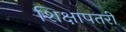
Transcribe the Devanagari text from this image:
शिक्षापतरी